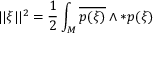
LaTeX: | | \xi | | ^ { 2 } = { \frac { 1 } { 2 } } \int _ { M } \overline { { { p ( \xi ) } } } \wedge * p ( \xi )